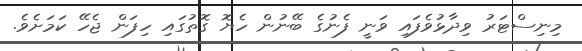
މިނިސްޓަރު ވިދާޅުވެފައި ވަނީ ފެނުގެ ބޭނުން ހެޔޮ ގޮތުގައި ހިފަން ޖެހޭ ކަމަށެވެ.